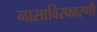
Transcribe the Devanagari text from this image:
नासाविस्फारणी